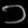
Digit: ၁